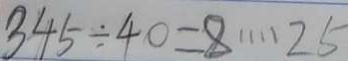
3 4 5 \div 4 0 = 8 \cdots 2 5